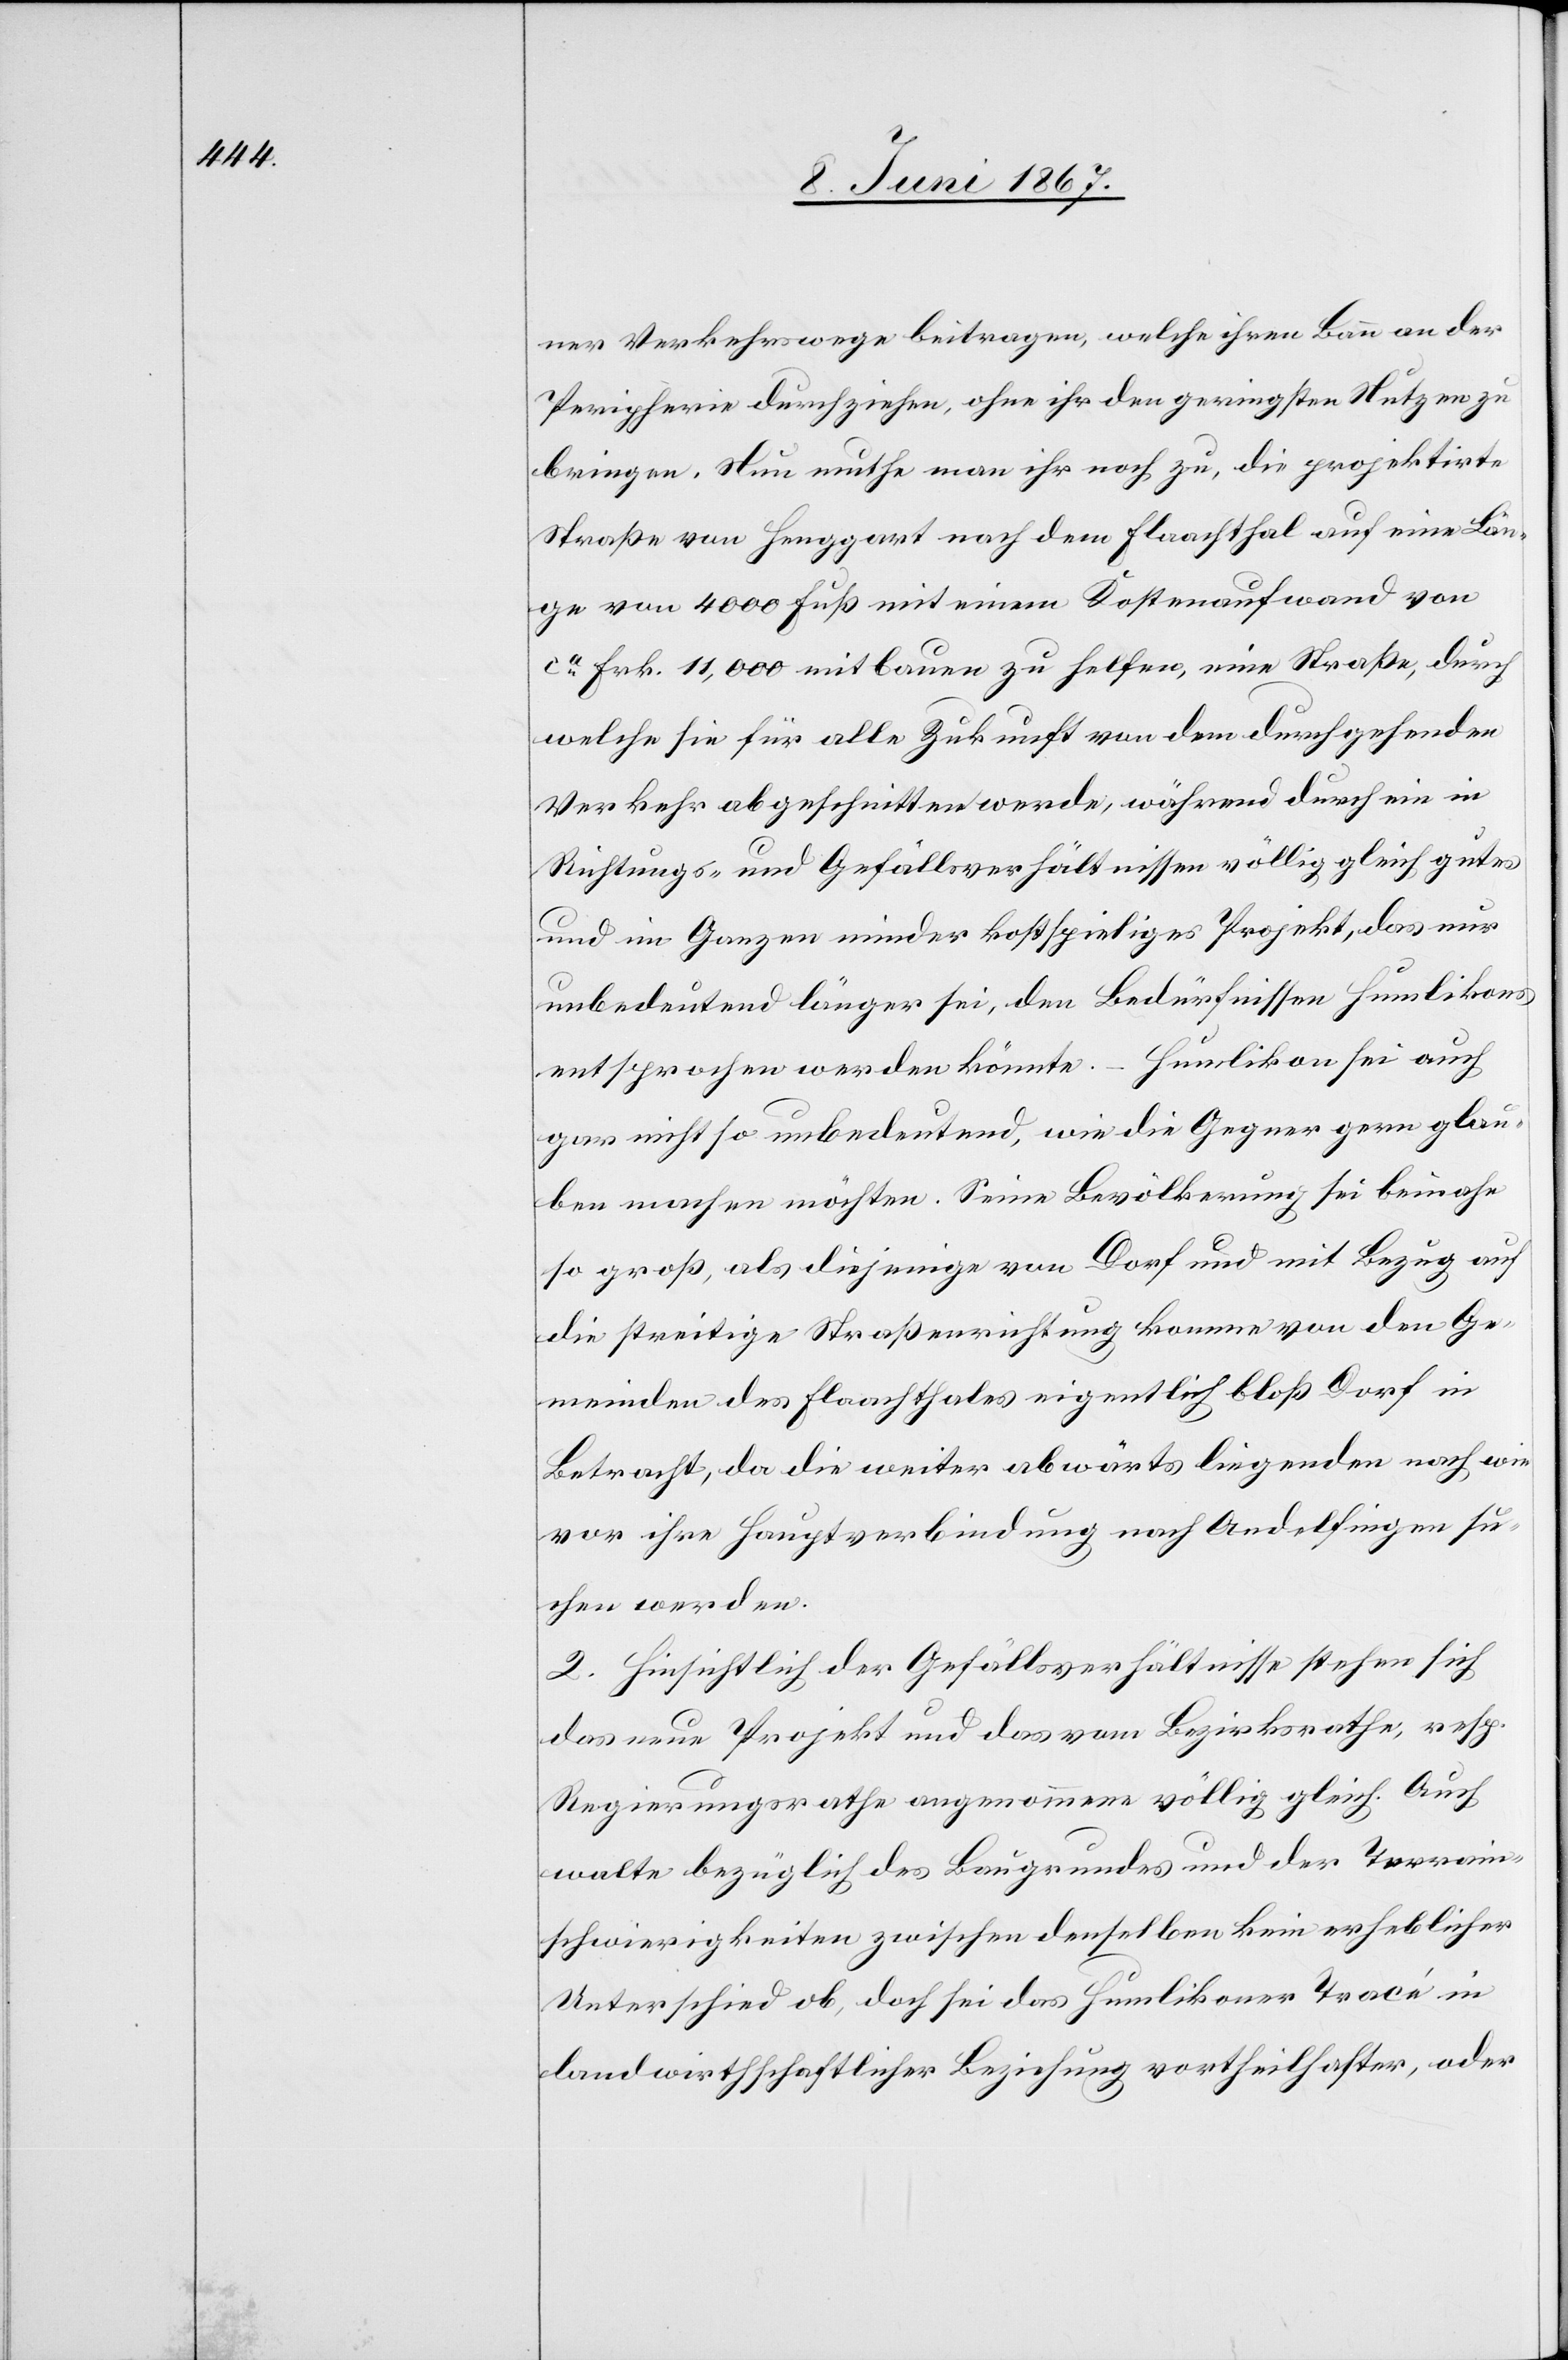
ner Verkehrswege beitragen, welche ihren Bann an der
Peripherie durchziehen, ohne ihr den geringsten Nutzen zu
bringen. Nun muthe man ihr noch zu, die projektirte
Straße von Henggart nach dem Flaachthal auf eine Län¬
ge von 4000 Fuß mit einem Kostenaufwand von
ca. Frk. 11.000 mit bauen zu helfen, eine Straße, durch
welche sie für alle Zukunft von dem durchgehenden
Verkehr abgeschnitten werde, während durch ein in
Richtungs- und Gefällsverhältnissen völlig gleich gutes
und im Ganzen minder kostspieliges Projekt, das nur
unbedeutend länger sei, den Bedürfnissen Humlikons
entsprochen werden könnte. – Humlikon sei auch
gar nicht so unbedeutend, wie die Gegner gern glau¬
ben machen möchten. Seine Bevölkerung sei beinahe
so groß, als diejenige von Dorf und mit Bezug auf
die streitige Straßenerrichtung komme von den Ge¬
meinden des Flaachthales eigentlich bloß Dorf in
Betracht, da die weiter abwärts liegenden nach wie
vor ihre Hauptverbindung nach Andelfingen su¬
chen werden.
2. Hinsichtlich der Gefällsverhältnisse stehen sich
das neue Projekt und das vom Bezirksrathe, resp.
Regierungsrathe angenommene völlig gleich. Auch
walte bezüglich des Baugrundes und der Terrain¬
schwierigkeiten zwischen denselben kein erheblicher
Unterschied ob, doch sei das Humlikoner Tracé in
landwirthschaftlicher Beziehung vortheilhafter, oder